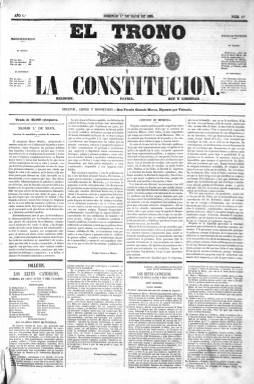
Título: El Trono y la constitución
Colección: Periódicos
Ámbito geográfico: Madrid
Lugar de publicación: Madrid
Fechas: 01/05/1853-03/06/1853

Efímero diario del año 1853 –sólo se publicó durante un mes- que cobra importancia por la extraordinaria y compleja personalidad del su propietario, Fermín Gonzalo Morón, diputado por Valencia por el partido moderado, del que fue uno de sus ideólogos, además de ser uno de los intelectuales destacados de la época por sus amplios conocimientos y sus obras en derecho, historia y literatura. Sus problemas mentales reales o supuestos –murió en un manicomio- han contribuido también a dar relieve a su figura.

   Gonzalo Morón, que era también director y editor de la publicación, según figura en la cabecera de la misma, había intentado en 1851 editarlo en Valencia pero sus artículos fueron confiscados en la imprenta por orden del comisario de seguridad pública. Gonzalo Morón acusó a éste de haberle robado su “propiedad intelectual” y el incidente dio lugar a un proceso a resultas del cual el editor fue condenado a 17 meses de cárcel.

  No se conoce muy bien que pasó con Morón hasta que en mayo de 1853 comienza la publicación en Madrid de El Trono y la Constitución, salvo que estuvo internado unos meses en un manicomio de Londres y posteriormente en el manicomio de Chamberí, en Madrid, lugares de reclusión donde escribió los folletines teatrales y la novela que publicaría en el periódico.

   Él mismo dio noticia de estas circunstancias en el prólogo que hizo en el número del 25 de mayo a su novela El cura de aldea, en el que habla de su supuesta locura y hace esta dramática confesión: “Entre mis horribles amarguras, ha sido la mayor la de que mi madre, mi mujer y hermanos hayan creído firmemente en mi locura”.

    Precisamente la publicación en el periódico de esta novela, que no hay que confundir con la obra del mismo título escrita unos años después por Enrique Pérez Escrich, fue lo que motivó el final precipitado del periódico, dado que El cura de aldea fue prohibida por varios obispos por su contenido anticlerical.

  Gracias a su amistad con Narváez, líder del partido moderado, Morón logró que la sentencia de 1851 fuera anulada y fue rehabilitado, aunque enfrentado a Bravo Murillo acabó militando en el partido progresista.

   Más información sobre este personaje puede leerse en el Diccionario Akal de Historiadores Contemporáneos y en el estudio biográfico y literario que hace de él Frank Baasner en la Biblioteca Virtual Universal.

    Al margen de la peripecia personal de su propietario y director, El Trono y la Constitución es un periódico que merece ser recordado por el artículo que en su primer número de 1 de mayo de 1853 firmó en su primera página un joven Antonio Cánovas del Castillo, artífice de la Restauración borbónica que llegaría ser varias veces presidente del Gobierno en el último cuarto de siglo.

    En este artículo, titulado ‘Cuestión de imprenta’, Cánovas del Castillo hace una encendida defensa de la libertad de prensa como piedra angular del Estado liberal.

[Descripción publicada el 15/03/2019]